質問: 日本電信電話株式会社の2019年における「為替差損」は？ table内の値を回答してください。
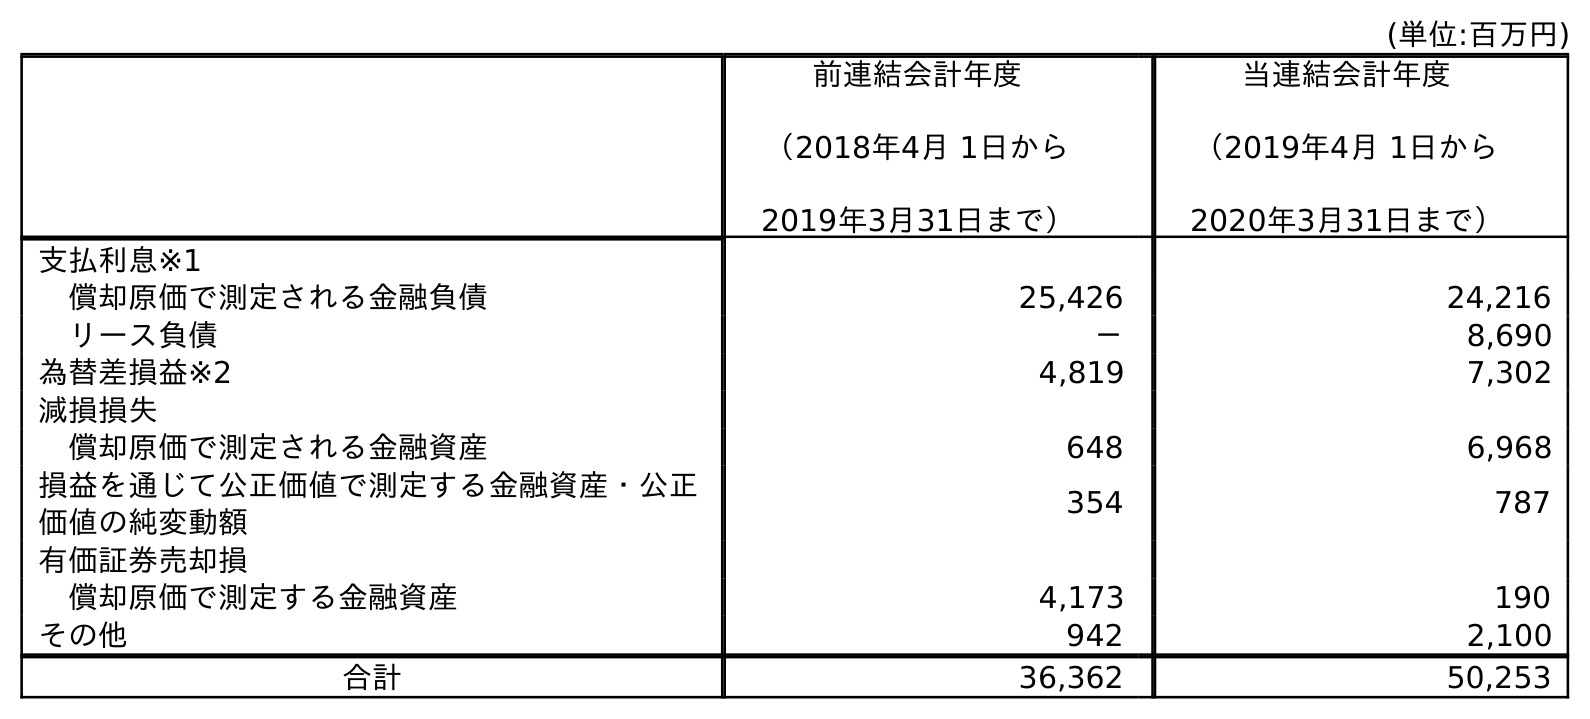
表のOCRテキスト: (単位:百万円) 前連結会計年度 （2018年4月 1日から 2019年3月31日まで） 当連結会計年度 （2019年4月 1日から 2020年3月31日まで） 支払利息※1 償却原価で測定される金融負債 25,426 24,216 リース負債 － 8,690 為替差損益※2 4,819 7,302 減損損失 償却原価で測定される金融資産 648 6,968 損益を通じて公正価値で測定する金融資産・公正 価値の純変動額 354 787 有価証券売却損 償却原価で測定する金融資産 4,173 190 その他 942 2,100 合計 36,362 50,253
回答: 4,819